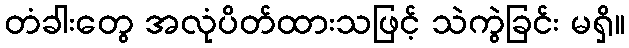
တံခါးတွေ အလုံပိတ်ထားသဖြင့် သဲကွဲခြင်း မရှိ။